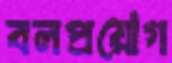
বলপ্রয়োগ